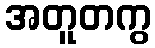
အတူတကွ